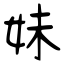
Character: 妹